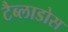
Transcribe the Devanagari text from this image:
टैब्लाडोस